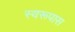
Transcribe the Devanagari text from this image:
स्वरूपास